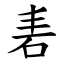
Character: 砉